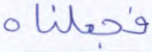
فجعلناه